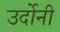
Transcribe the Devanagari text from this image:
उर्दोनी